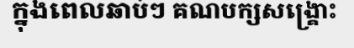
ក្នុងពេលឆាប់ៗ គណបក្សសង្គ្រោះ